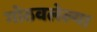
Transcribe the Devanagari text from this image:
गोठवलेल्या